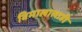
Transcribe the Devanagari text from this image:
विमालालाही